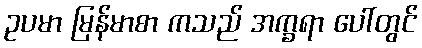
ဥပမာ မြန်မာစာ ကသည် အက္ခရာ ပေါ်တွင်